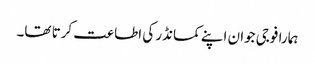
ہمارا فوجی جوان اپنے کمانڈر کی اطاعت کرتا تھا۔